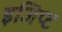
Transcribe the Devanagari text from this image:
इजिप्‍ट